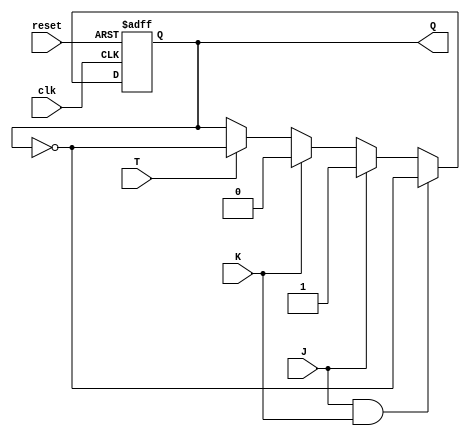
module t_flip_flop_jk (
    input wire clk,
    input wire reset,
    input wire T,
    input wire J,
    input wire K,
    output reg Q
);

always @(posedge clk or posedge reset) begin
    if (reset) begin
        Q <= 1'b0;
    end else begin
        if (J & K) begin
            Q <= ~Q;
        end else if (J) begin
            Q <= 1'b1;
        end else if (K) begin
            Q <= 1'b0;
        end else if (T) begin
            Q <= ~Q;
        end
    end
end

endmodule